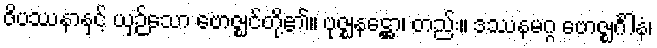
ဝိပဿနာနှင့် ယှဉ်သော ဗောဇ္ဈင်တို့၏။ ဗုဇ္ဈနဋ္ဌော၊ တည်း။ ဒဿနမဂ္ဂ ဗောဇ္ဈင်္ဂါနံ၊